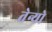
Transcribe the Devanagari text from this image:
तेन्यो